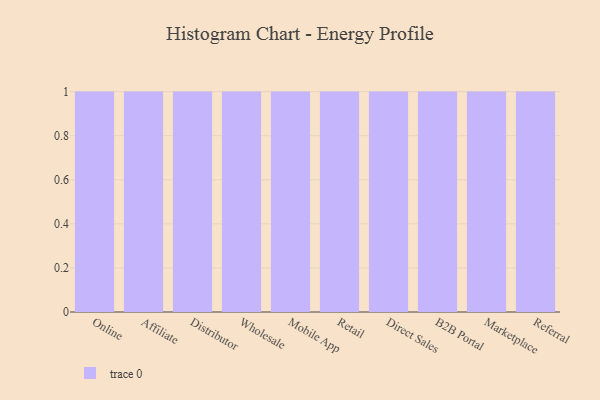
{"axis": {"x": "Channel", "y": "Budget (USD K)"}, "legend": [""], "data": [{"x": "Online", "y": 68, "type": ""}, {"x": "Affiliate", "y": 88, "type": ""}, {"x": "Distributor", "y": 72, "type": ""}, {"x": "Wholesale", "y": 33, "type": ""}, {"x": "Mobile App", "y": 69, "type": ""}, {"x": "Retail", "y": 14, "type": ""}, {"x": "Direct Sales", "y": 24, "type": ""}, {"x": "B2B Portal", "y": 42, "type": ""}, {"x": "Marketplace", "y": 23, "type": ""}, {"x": "Referral", "y": 90, "type": ""}]}